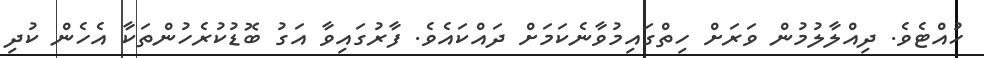
ހުއްޓެވެ. ދިއްލާލުމުން ވަރަށް ހިތްގައިމުވާނެކަމަށް ދައްކައެވެ. ފާރުގައިވާ އަގު ބޮޑުކުރެހުންތަކާ އެހެން ކުދި